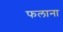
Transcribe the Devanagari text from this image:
फलाना